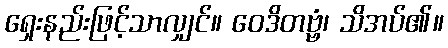
ရှေးနည်းဖြင့်သာလျှင်။ ဝေဒိတဗ္ဗံ၊ သိအပ်၏။